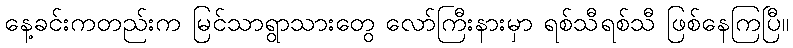
နေ့ခင်းကတည်းက မြင်သာရွာသားတွေ လော်ကြီးနားမှာ ရစ်သီရစ်သီ ဖြစ်နေကြပြီ။